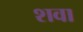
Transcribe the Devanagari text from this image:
शवा